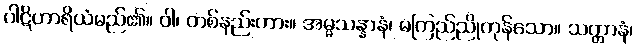
ပါဋိဟာရိယံမည်၏။ ဝါ၊ တစ်နည်းကား။ အမ္မသန္နာနံ၊ မကြည်ညိုကုန်သော။ သတ္တာနံ၊